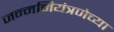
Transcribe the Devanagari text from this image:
जन्मनियंत्रणेच्या